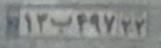
۱۲ب۴۹۷۲۲